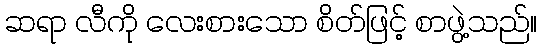
ဆရာ လီကို လေးစားသော စိတ်ဖြင့် စာဖွဲ့သည်။